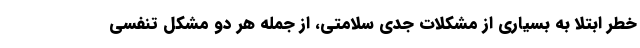
خطر ابتلا به بسیاری از مشکلات جدی سلامتی، از جمله هر دو مشکل تنفسی